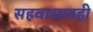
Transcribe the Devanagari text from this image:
सहवासातही